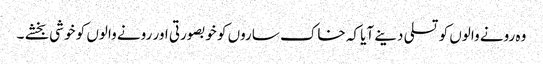
وہ رونے والوں کو تسلی دینے آیا کہ خاک ساروں کو خوبصورتی اور رونے والوں کو خوشی بخشے ۔